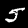
Digit: 5